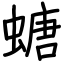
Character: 螗